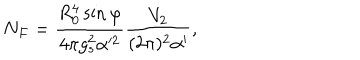
LaTeX: N _ { F } = \frac { R _ { 0 } ^ { 4 } \sin \varphi } { 4 \pi g _ { s } ^ { 2 } \alpha ^ { 2 } } \frac { V _ { 2 } } { ( 2 \pi ) ^ { 2 } \alpha ^ { \prime } } ,